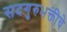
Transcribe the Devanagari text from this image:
सदगुरुभक्तीचे